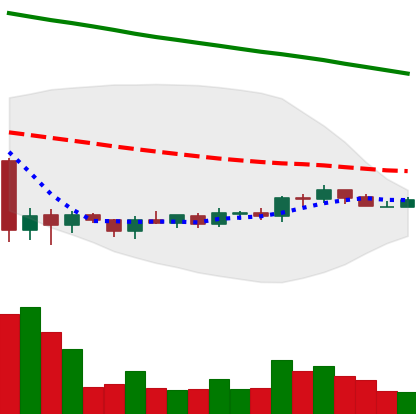
Ticker: ADA-USD
Chart end date: 2019-10-13
Forward return: -7.869%
Label: down_7plus